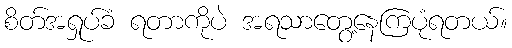
စိတ်အရှုပ်ခံ ရတာကိုပဲ အရသာတွေ့နေကြပုံရတယ်။